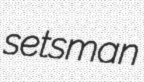
setsman